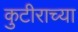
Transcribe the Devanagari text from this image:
कुटीराच्या